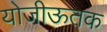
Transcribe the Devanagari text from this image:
योजीऊतक